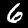
Label: 6